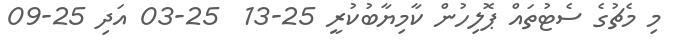
މި މެޗުގެ ސެޓުތައް ޕޮލިހުން ކާމިޔާބުކުރީ 25-13  25-03 އަދި 25-09